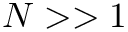
N > > 1